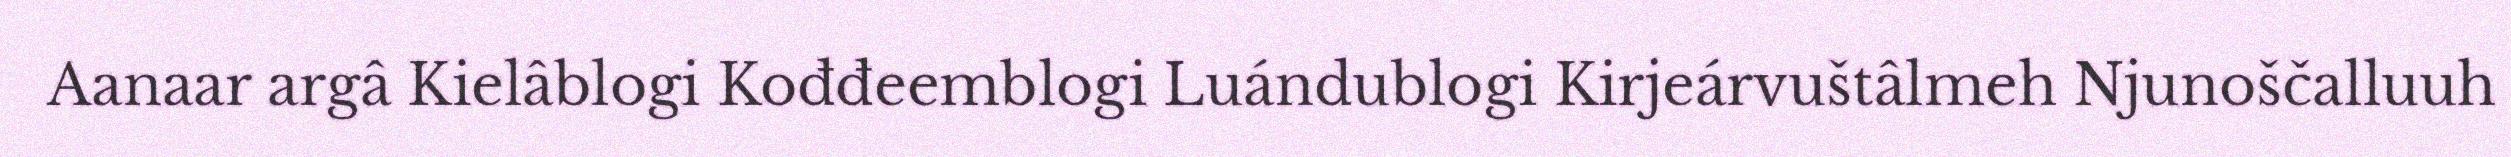
Aanaar argâ Kielâblogi Kođđeemblogi Luándublogi Kirjeárvuštâlmeh Njunoščalluuh